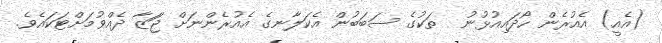
(އެއީ) އެއުރެން ހޯދައިއުޅުނު  ތަކުގެ ސަބަބުން އެކަލާނގެ އެއުރެންނަށް ޖަަޒާ ދެއްވުމަށްޓަކައެވެ.